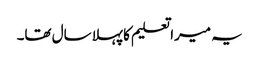
یہ میرا تعلیم کا پہلا سال تھا۔